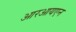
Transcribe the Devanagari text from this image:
आरआयएन